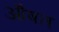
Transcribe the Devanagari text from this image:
औषत